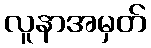
လူနာအမှတ်